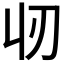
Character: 𬻲